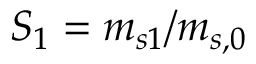
S _ { 1 } = m _ { s 1 } / m _ { s , 0 }